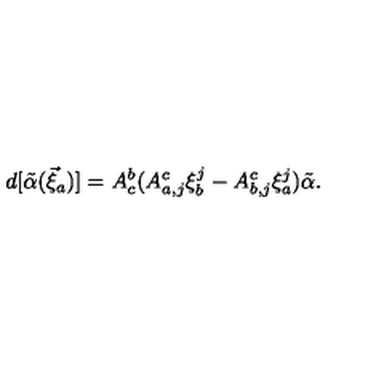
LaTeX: d [ { \tilde { \alpha } } ( \vec { \xi } _ { a } ) ] = A _ { c } ^ { b } ( A _ { a , j } ^ { c } \xi _ { b } ^ { j } - A _ { b , j } ^ { c } \xi _ { a } ^ { j } ) { \tilde { \alpha } } .